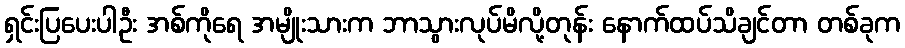
ရှင်းပြပေးပါဦး အစ်ကိုရေ အမျိုးသားက ဘာသွားလုပ်မိလို့တုန်း နောက်ထပ်သိချင်တာ တစ်ခုက